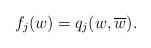
LaTeX: \begin{align*}f_j(w)= q_j(w, \overline w).\end{align*}